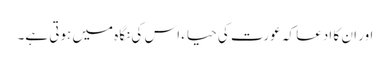
اور ان کا ادعا کہ عورت کی حیاء اس کی نگاہ میں ہوتی ہے۔